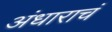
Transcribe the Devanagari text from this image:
अंधाराचं